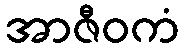
အာဇီဝကံ